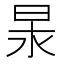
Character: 𭥢